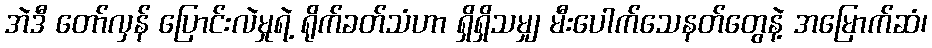
အဲဒီ တော်လှန် ပြောင်းလဲမှုရဲ့ ရိုက်ခတ်သံဟာ ရှိရှိသမျှ မီးပေါက်သေနတ်တွေနဲ့ အမြောက်ဆံ၊